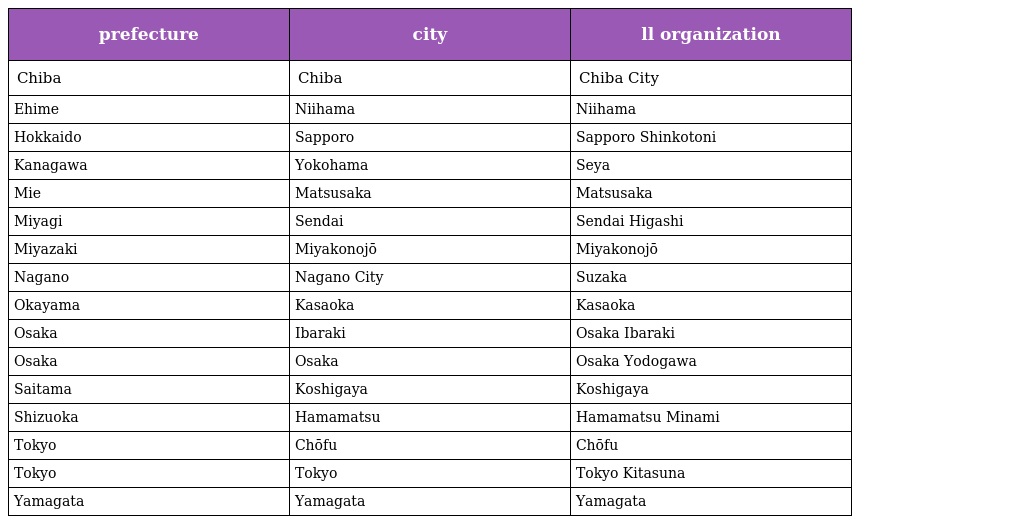
| prefecture | city | ll organization |
 | --- | --- | --- |
 | Chiba | Chiba | Chiba City |
 | Ehime | Niihama | Niihama |
 | Hokkaido | Sapporo | Sapporo Shinkotoni |
 | Kanagawa | Yokohama | Seya |
 | Mie | Matsusaka | Matsusaka |
 | Miyagi | Sendai | Sendai Higashi |
 | Miyazaki | Miyakonojō | Miyakonojō |
 | Nagano | Nagano City | Suzaka |
 | Okayama | Kasaoka | Kasaoka |
 | Osaka | Ibaraki | Osaka Ibaraki |
 | Osaka | Osaka | Osaka Yodogawa |
 | Saitama | Koshigaya | Koshigaya |
 | Shizuoka | Hamamatsu | Hamamatsu Minami |
 | Tokyo | Chōfu | Chōfu |
 | Tokyo | Tokyo | Tokyo Kitasuna |
 | Yamagata | Yamagata | Yamagata |